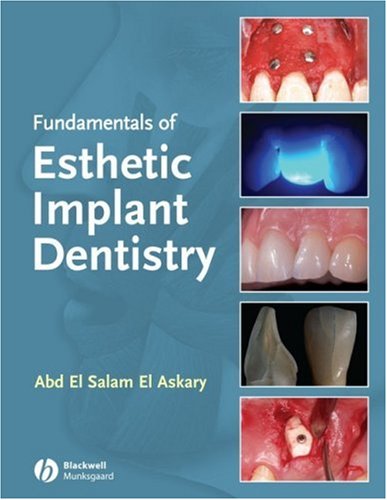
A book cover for Fundamentals of Esthetic Dentistry, Second Edition; Medical Books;